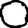
Digit: 0